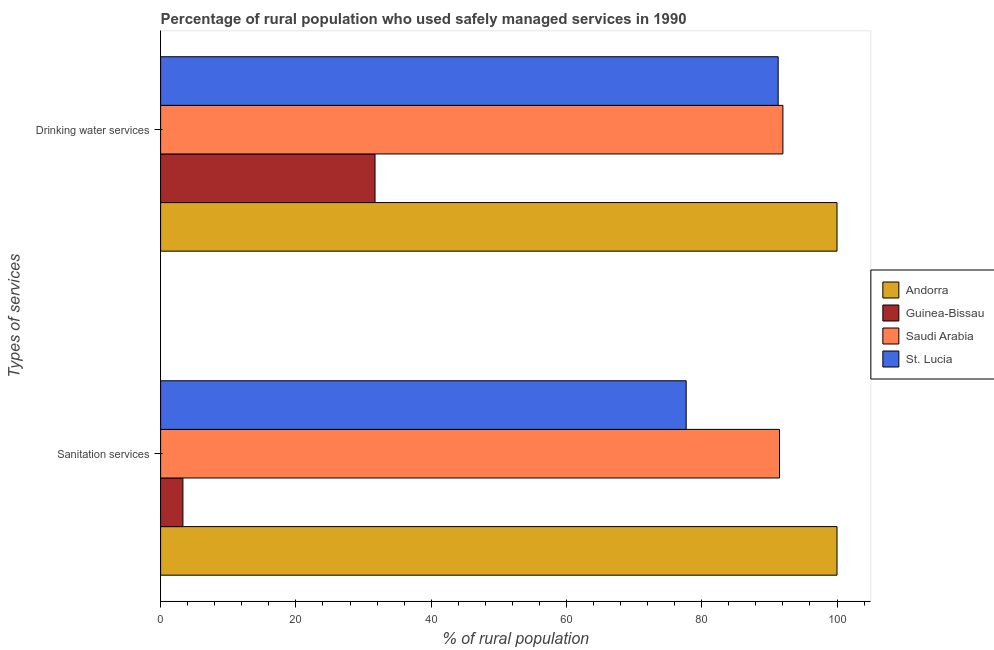
| Types of services | Andorra | Guinea-Bissau | Saudi Arabia | St. Lucia |
 | --- | --- | --- | --- | --- |
 | Sanitation services | 100 | 3.3 | 91.5 | 77.7 |
 | Drinking water services | 100 | 31.7 | 92 | 91.3 |